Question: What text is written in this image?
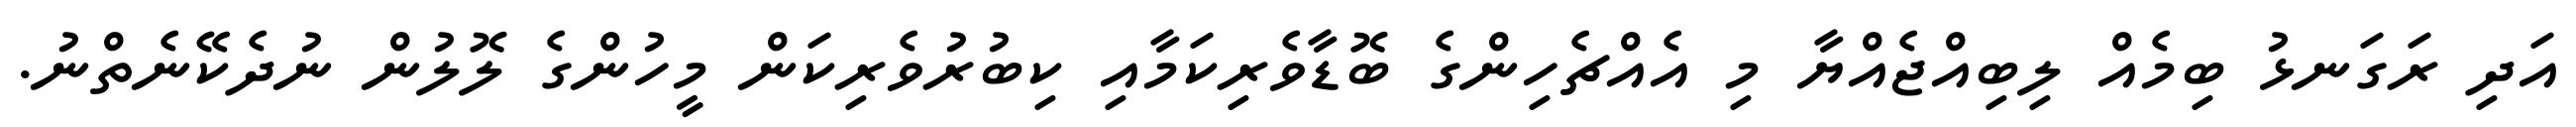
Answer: އަދި ރަގަނޅު ބިމެއް ލިބިއްޖެއްޔާ މި އެއްޗެހިންގެ ބޮޑާވެރިކަމާއި ކިބުރުވެރިކަން މީހުންގެ ލޮލުން ނުދެކޭނެތްނު.